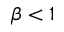
\beta < 1